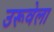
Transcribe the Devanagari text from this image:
उरूवेला